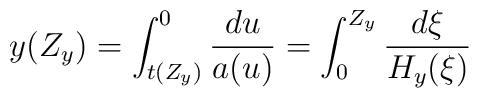
y(Z_y)=\int_{t(Z_y)}^0\frac{du}{a(u)}=\int_0^{Z_y}\frac{d\xi}{H_y(\xi)}